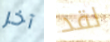
آخر لقد